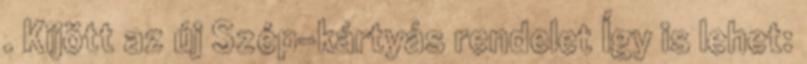
. Kijött az új Szép-kártyás rendelet Így is lehet: